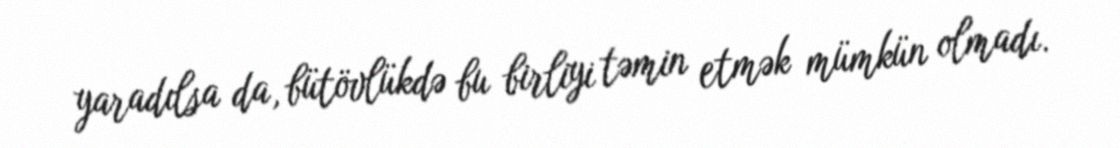
yaradılsa da, bütövlükdə bu birliyi təmin etmək mümkün olmadı.